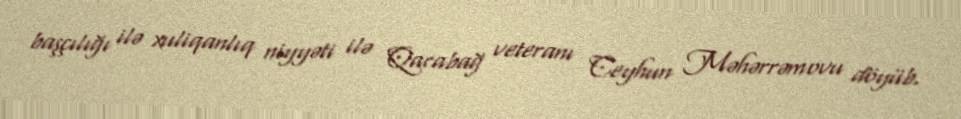
başçılığı ilə xuliqanlıq niyyəti ilə Qarabağ veteranı Ceyhun Məhərrəmovu döyüb.